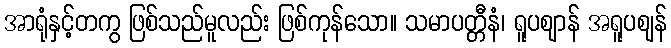
အာရုံနှင့်တကွ ဖြစ်သည်မူလည်း ဖြစ်ကုန်သော။ သမာပတ္တီနံ၊ ရူပဈာန် အရူပဈန်